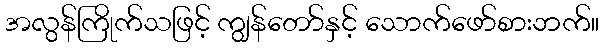
အလွန်ကြိုက်သဖြင့် ကျွန်တော်နှင့် သောက်ဖော်စားဘက်။